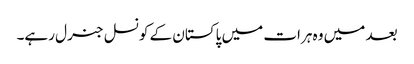
بعد میں وہ ہرات میں پاکستان کے کونسل جنرل رہے۔